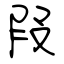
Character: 叚